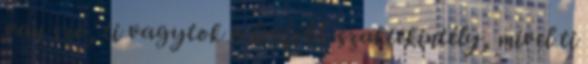
van szó, ti vagytok a legfőbb szaktekintély, mivel ti